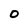
Character: 0